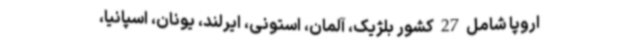
اروپا شامل 27 کشور بلژیک، آلمان، استونی، ایرلند، یونان، اسپانیا،